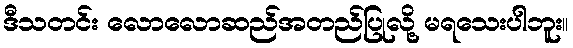
ဒီသတင်း လောလောဆည်အတည်ပြုလို့ မရသေးပါဘူး။